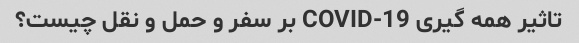
تاثیر همه گیری COVID-19 بر سفر و حمل و نقل چیست؟